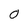
Character: 0